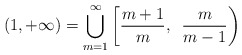
\begin{align*}(1,+\infty)=\bigcup_{m=1}^{\infty}\left[{m+1\over m}, \right.\left.\, {m\over m-1}\right)\end{align*}